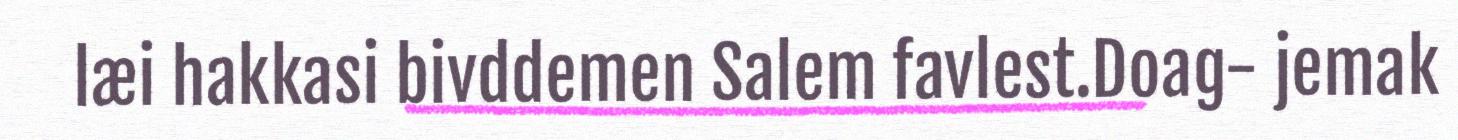
læi hakkasi bivddemen Salem favlest.Doag- jemak